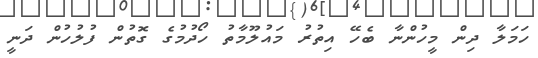
ހަމަލާ ދިން މީހުންނާ ބެހޭ އިތުރު މައުލޫމާތު ހޯދުމުގެ ގޮތުން ފުލުހުން ދަނީ